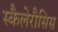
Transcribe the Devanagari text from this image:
स्कैलेरौसिस